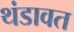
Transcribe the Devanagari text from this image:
थंडावत